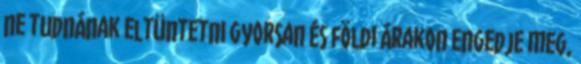
ne tudnának eltüntetni gyorsan és földi árakon Engedje meg,